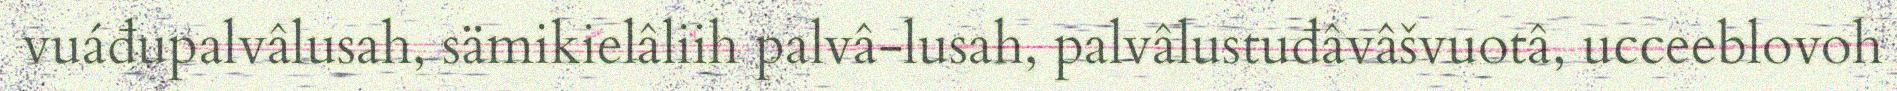
vuáđupalvâlusah, sämikielâliih palvâ-lusah, palvâlustuđâvâšvuotâ, ucceeblovoh